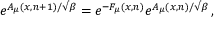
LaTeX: e ^ { A _ { \mu } ( x , n + 1 ) / \surd \beta } = e ^ { - F _ { \mu } ( x , n ) } e ^ { A _ { \mu } ( x , n ) / \surd \beta } \, ,